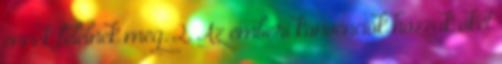
ennek felelnek meg. 2. Az emberi konvenciók hozzák őket